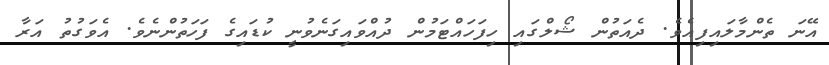
އޭނަ ތެންމާލައިފިއެވެ. ދެއަތުން ޝޯލްގައި ހިފަހައްޓަމުން ދުއްވައިގަނެވުނީ ކުޑައިގެ ފަހަތުންނެވެ. އެވަގުތު އަރާ